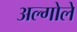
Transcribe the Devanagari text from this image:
अल्गोले